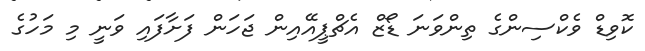
ކޮވިޑް ވެކްސިންގެ ތިންވަނަ ޑޯޒް އެޗްޕީއޭއިން ޖަހަން ފަށާފައި ވަނީ މި މަހުގެ